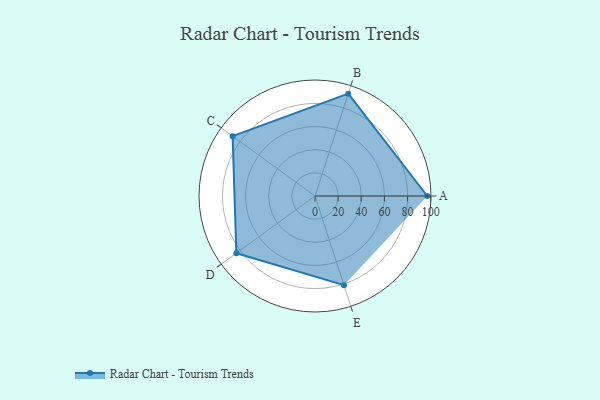
{"axis": {"x": "Skill", "y": "Score"}, "legend": ["Profile"], "data": [{"x": "A", "y": 97.0, "type": "Profile"}, {"x": "B", "y": 93.0, "type": "Profile"}, {"x": "C", "y": 88.0, "type": "Profile"}, {"x": "D", "y": 84.0, "type": "Profile"}, {"x": "E", "y": 81.0, "type": "Profile"}]}